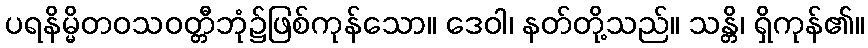
ပရနိမ္မိတဝသဝတ္တီဘုံ၌ဖြစ်ကုန်သော။ ဒေဝါ၊ နတ်တို့သည်။ သန္တိ၊ ရှိကုန်၏။